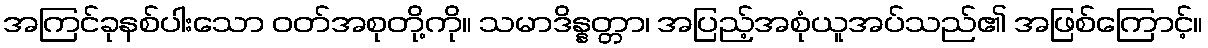
အကြင်ခုနစ်ပါးသော ဝတ်အစုတို့ကို။ သမာဒိန္နတ္တာ၊ အပြည့်အစုံယူအပ်သည်၏ အဖြစ်ကြောင့်။